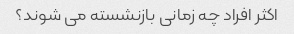
اکثر افراد چه زمانی بازنشسته می شوند؟